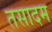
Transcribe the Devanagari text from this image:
तसादम